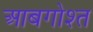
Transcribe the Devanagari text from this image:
आबगोश्त